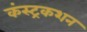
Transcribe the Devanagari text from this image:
कंस्ट्रकशन